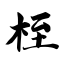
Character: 桎